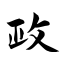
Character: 政